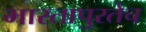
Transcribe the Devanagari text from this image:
भारतापुरतेच